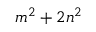
m ^ { 2 } + 2 n ^ { 2 }